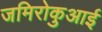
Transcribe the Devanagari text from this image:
जमिरोकुआई